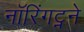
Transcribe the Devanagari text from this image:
नॉरिंगट्नने